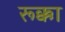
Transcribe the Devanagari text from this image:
रूक्का